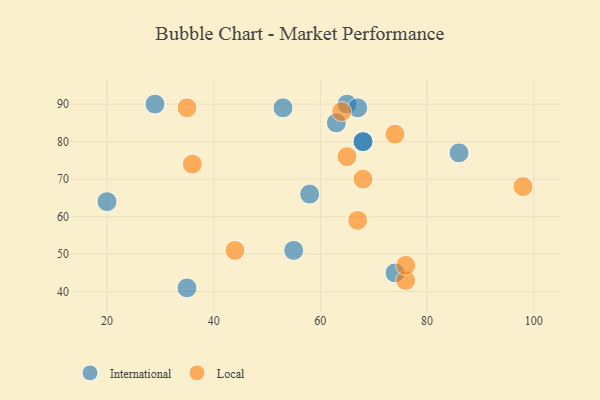
{"axis": {"x": "GDP", "y": "Life Expectancy"}, "legend": ["International", "Local"], "data": [{"x": "65", "y": 90, "type": "International"}, {"x": "35", "y": 41, "type": "International"}, {"x": "29", "y": 90, "type": "International"}, {"x": "20", "y": 64, "type": "International"}, {"x": "86", "y": 77, "type": "International"}, {"x": "58", "y": 66, "type": "International"}, {"x": "68", "y": 80, "type": "International"}, {"x": "53", "y": 89, "type": "International"}, {"x": "63", "y": 85, "type": "International"}, {"x": "67", "y": 89, "type": "International"}, {"x": "55", "y": 51, "type": "International"}, {"x": "74", "y": 45, "type": "International"}, {"x": "68", "y": 80, "type": "International"}, {"x": "67", "y": 59, "type": "Local"}, {"x": "68", "y": 70, "type": "Local"}, {"x": "64", "y": 88, "type": "Local"}, {"x": "35", "y": 89, "type": "Local"}, {"x": "74", "y": 82, "type": "Local"}, {"x": "76", "y": 43, "type": "Local"}, {"x": "36", "y": 74, "type": "Local"}, {"x": "44", "y": 51, "type": "Local"}, {"x": "65", "y": 76, "type": "Local"}, {"x": "98", "y": 68, "type": "Local"}, {"x": "76", "y": 47, "type": "Local"}]}